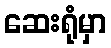
ဆေးရုံမှာ